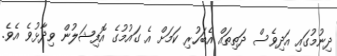
ދިނުމުގައި އަދިވެސް ދަތިތައް އެބަހުރި ކަމަށް އެ ގައުމުގެ އޮފިޝަލުން ވިދާޅުވެ އެވެ.